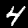
Digit: 4